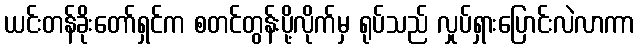
ယင်းတန်ခိုးတော်ရှင်က စတင်တွန်းပို့လိုက်မှ ရုပ်သည် လှုပ်ရှားပြောင်းလဲလာကာ